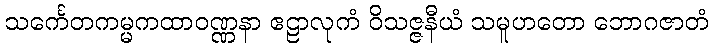
သင်္ကေတကမ္မကထာဝဏ္ဏနာ ဧဠာလုကံ ဝိသဇ္ဇနီယံ သမူဟတော ဘောဂဇာတံ